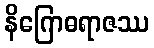
နိဂြောဓရာဇဿ